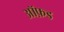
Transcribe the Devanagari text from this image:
आॅफ़ड